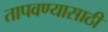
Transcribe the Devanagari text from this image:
तापवण्यासाठी